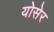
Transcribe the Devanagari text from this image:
योसेर